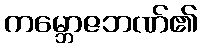
ကမ္ဘောဇဘဏ်၏